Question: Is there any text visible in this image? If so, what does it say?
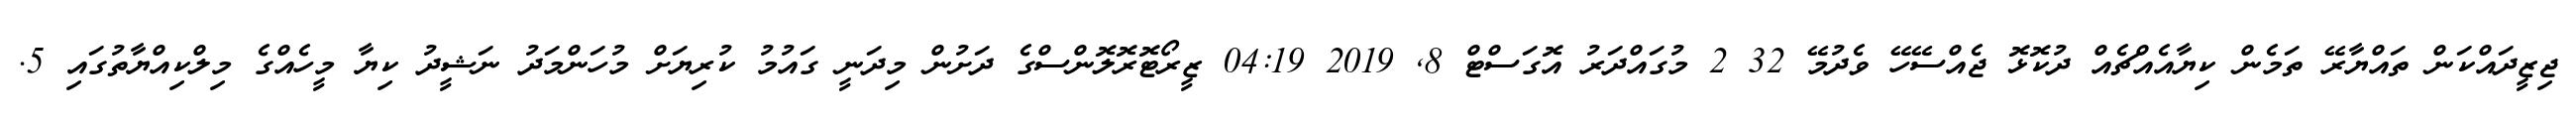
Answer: ޖިޒީދައްކަން ތައްޔާރޭ ތަމެން ކިޔާއެއްޗެއް ދުކޮޅޮ ޖެއްސޭހޭ ވެދުމޭ 32 2 މުގައްދަރު އޮގަސްޓް 8, 2019 04:19 ޒީރޯޓޮރޮލޮންސްގެ ދަށުން މިދަނީ ގައުމު ކުރިޔަށް މުހަންމަދު ނަޝީދު ކިޔާ މީހެއްގެ މިލްކިއްޔާތުގައި 5.